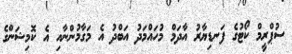
ސުޕްރީމް ކޯޓުގެ ފަނޑިޔާރު އާދަމް މުހައްމަދު އަބްދު އެ މަގާމުންނާއި އެ ކޮމިޝަންގެ